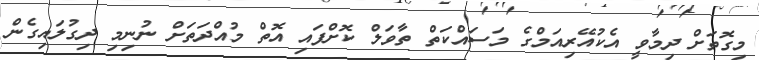
މިގޮތަށް ދިމާވީ އެކުއޭރިއަމްގެ މަސައްކަތް ތާވަލް ކޮށްފައި އޮތް މުއްދަތަށް ނުނިމި ދިގުލައިގެން